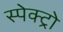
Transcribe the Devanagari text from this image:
स्पेक्ट्रो